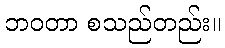
ဘဝတာ စသည်တည်း။